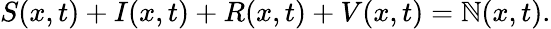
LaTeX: S(x,t)+I(x,t)+R(x,t)+V(x,t)=\mathbb{N}(x,t).